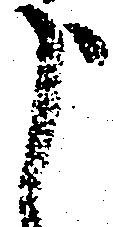
申